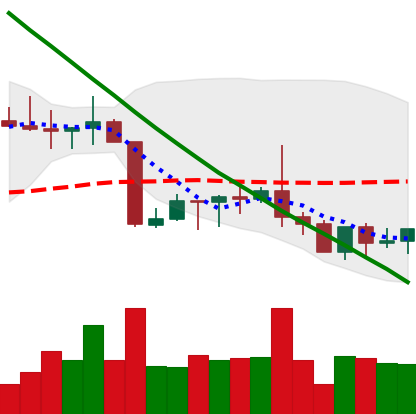
Ticker: XRP-USD
Chart end date: 2022-09-01
Forward return: -3.297%
Label: down_3_5